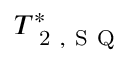
T _ { \mathrm { ~ 2 ~ , ~ S ~ Q ~ } } ^ { * }